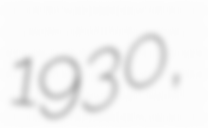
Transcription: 1930,